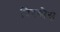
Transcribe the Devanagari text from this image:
पिरगोस